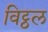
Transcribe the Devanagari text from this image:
विट्ठल